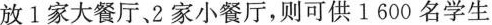
放1家大餐厅、2家小餐厅，则可供1600名学生